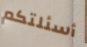
أسئلتكم